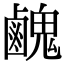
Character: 䴜